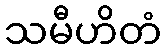
သမီဟိတံ